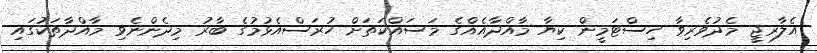
އެލާރޖީ މެދުވެރިވާ ހިސްޓަމީން ކިޔާ މާއްދާއެއްގެ މަސައްކަތަށް ހުރަސްއެޅުމުގެ ބާރު މިދެންނެވި މާއްދާތަކުގައި